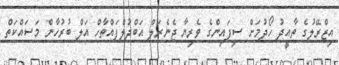
އިޒްރޭލުގެ ތާއީދު ހޯދުމަށް ސިފައިންގެ ވެރިޔާ ޖެނެރަލް އަބްދުލްފައްތާހް އަލް ބުރުހާން މަސައްކަތް